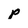
Character: p